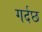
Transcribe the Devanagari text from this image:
गर्दछ